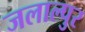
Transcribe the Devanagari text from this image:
जलाल्पुर